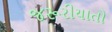
જરૂરીયાતો